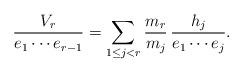
LaTeX: \begin{align*}\dfrac{V_r}{e_1\cdots e_{r-1}}=\sum_{1\le j<r}\dfrac{m_r}{m_j}\,\dfrac{h_j}{e_1\cdots e_j}.\end{align*}